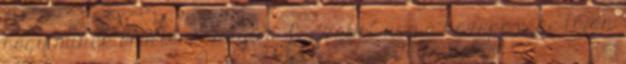
hogy minek örültem annyira Igazából úgy a közepe-vége táján